Medical and sanitary report of the native army of Madras for the year
Year: 1878
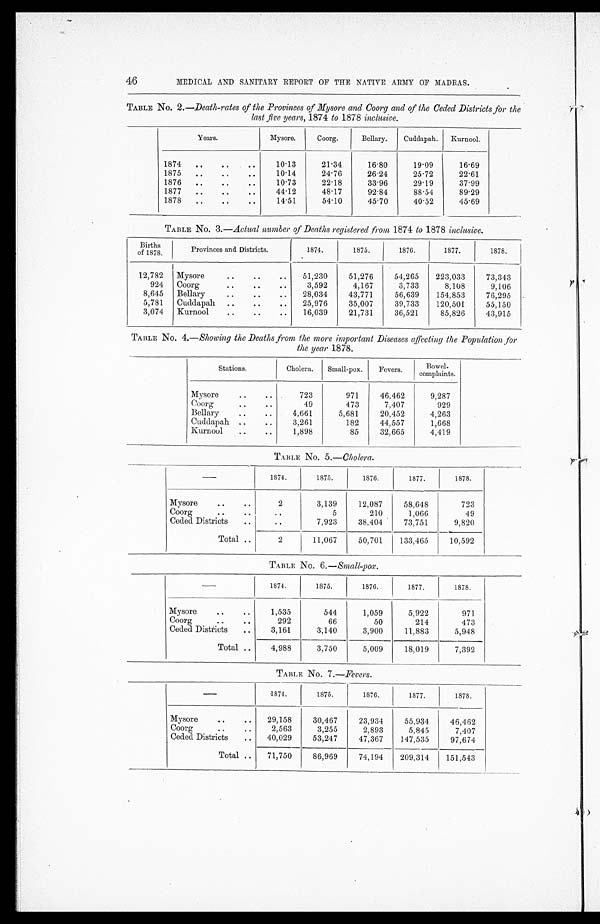
46
MEDICAL AND SANITARY REPORT OF THE NATIVE ARMY OF MADRAS.
TABLE No. 2.–Death-rates of the Provinces of Mysore and Coorg and of the Ceded Districts for the
last five years, 1874 to 1878 inclusive.
Years.
Mysore.
Coorg.
Bellary.
Cuddapah.
Kurnool.
1874 . . .
10.13
21.34
16.80
19.09
16.69
1875 . . .
10.14
24.76
26.24
25.72
22.61
1876 . . .
10.73
22.18
33.96
29.19
37.99
1877 . . .
44.12
48.17
92.84
88.54
89.29
1878 . . .
14.51
54.10
45.70
40.52
45.69
TABLE No. 3 .—Actual number of Deaths registered . from 1874 to 1878 inclusive.
Births
of 1878.
Provinces and Districts.
1874.
1875.
1876.
1877.
1878.
12,782
Mysore . . .
51,230
51,276
54,265
223,033
73,343
924
Coorg . . .
3,592
4,167
3,733
8,108
9,106
8,645
Bellary . . .
28,034
43,771
56,639
154,853
76,295
5,781
Cuddapah . . .
25,976
35,007
39,733
120,501
55,150
3,074
Kurnool . . .
16,039
21,731
36,521
85,826
43,915
TABLE No. 4 .—Showing the Deaths from the more important Diseases affecting the Population for
the year 1878.
Stations.
Cholera.
Small-pox.
Fevers.
Bowel -
complaints.
Mysore . . .
723
971
46,462
9,287
Coorg . . .
49
473
7,407
929
Bellary . . .
4,661
5,681
20,452
4,263
Cuddapah . . .
3,261
182
44,557
1,668
Kurnool . . .
1, 898
85
32,665
4,419
TABLE No. 5.— Cholera .
1874.
1875.
1876.
1877.
1878.
Mysore . . .
2
3,139
12,087
58,648
723
Coorg . . .
. . .
5
210
1,066
49
Ceded Districs . . .
. . .
7,923
38,404
73,751
9,820
Total . . .
2
11,067
50,701
133,465
10,592
TABLE No. 6.— Small-pox.
1874.
1875.
1876.
1877.
1878.
Mysore . . .
1,535
544
1,059
5,922
971
Coorg . . .
292
66
50
214
473
Ceded Districts . . .
3,161
3,140
3,900
11,883
5,948
Total . . .
4,988
3,750
5,009
18,019
7,392
TABLE No. 7 .—Fevers.
1874.
1875.
1876.
1877.
1878.
Mysore . . .
29,158
30,467
23,934
55,934
46,462
Coorg . . .
2,563
3,255
2,893
5,845
7,407
Ceded Districts . . .
40,029
53,247
47,367
147,535
97,674
Total . . .
71,750
86,969
74,194
209,314
151,543